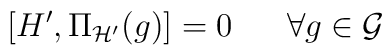
[H' ,  \Pi _{\cal H'} (g) ] = 0 \ \ \ \ \  \forall g\in    {\cal G}